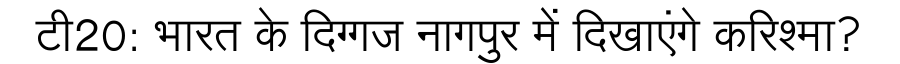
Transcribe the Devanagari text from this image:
टी20: भारत के दिग्गज नागपुर में दिखाएंगे करिश्मा?